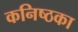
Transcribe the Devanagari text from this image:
कनिष्ठका